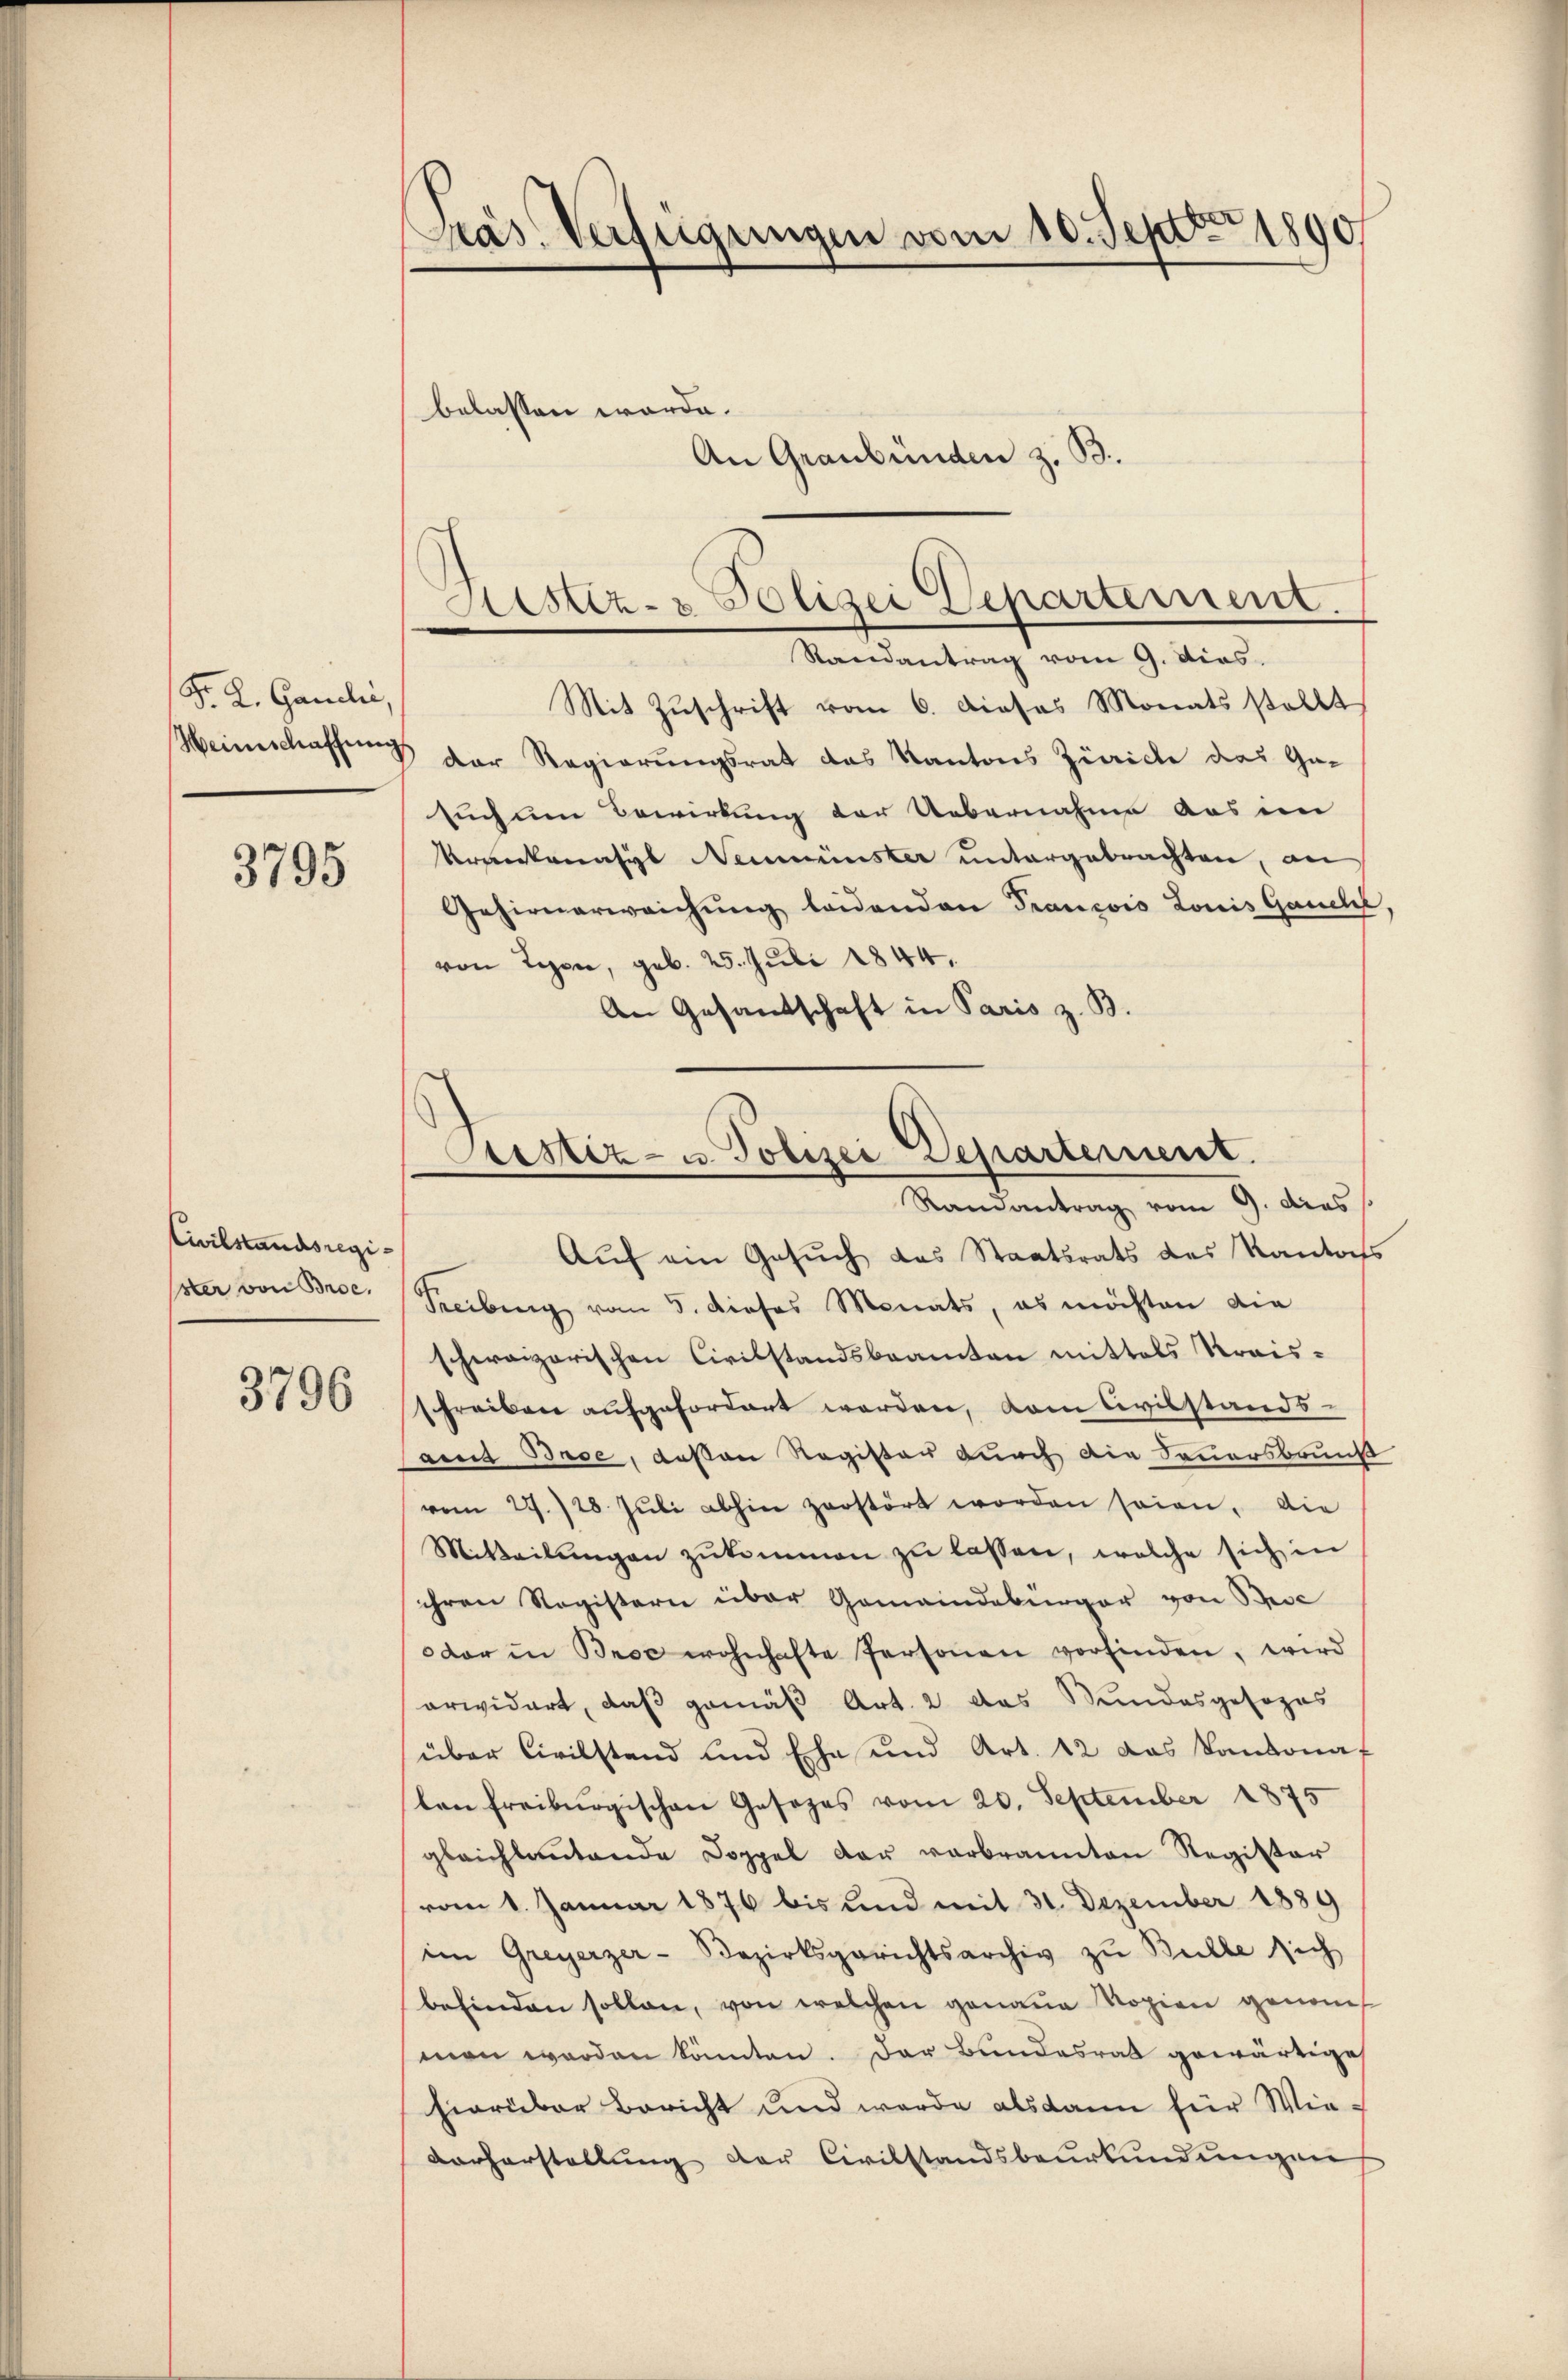
F. L. Gaudić,
Weinschaffung

3795

Civilstandsregister von Broc

3796

Präs. Verfügungen vom 10. Sept 1890
belassen worde.
An Graubünden z. B.

Liester- & Polizei Departement.
Randantrag vom 9. dies.

Mit Zuschrift vom 6. Dieses Monats stellt
der Regierungsrat das Kantons Zürich das Ge-
such um Bewirkung der Uebernahme aus im
Urverkenasyl Neumünster untergebrachten, an
Gehirnerweichung leidenden Francois Louis Ganell,
von Regen, geb. 25. Juli 1844.
An Gesandschaft in Paris z. B.
Auf ein Gesuch das Staatsrats des Kantofs
Treibung vom 5. dieses Monats, es möchten die
schweizerischen Civilstandsbeamten mittels Kraisschreiben aufgefordert werden, vom Civilstands-
amt Base, deßen Register durch die Sauersbruns
vom 27. 728. Jŭli abhin zerstört worden seien. Die
Mitteilŭngen zŭkommen zŭ lassen, welche sich in
ihren Registern über Gemeindebürger von Bisc
dar in Broc wohnhafte Personen vorfinden, wird
arwidert, daß gemäß Art. 2 das Stundesgesezes
über Civilstand und Ehe und Art. 12 das Kantona
ten Freiburgischen Gesezes vom 20. September 1875
gleichlaŭtende Doppel der verbrannten Register
vom 1. Januar 1876 bis und mit 31. Dezember 1889
im Greyerzer-Bezirksgerichtsarchiv zu Bulle sich
befinden sollen, von welchen genaue Kopien genom
men werden könnten. Der Bundesrat gewärtige
hierüber Bericht und werde alsdann für Wie-
Dorherstellung der Civilstandsbeŭrkŭndŭngen

.
Prestiz- u. Polizei Departement.
e
Randantrag vom 9. dies